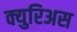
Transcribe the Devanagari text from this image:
क्युरिअस